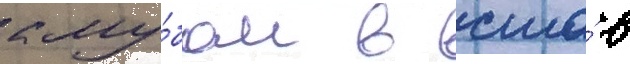
клу́бом в сша́ в